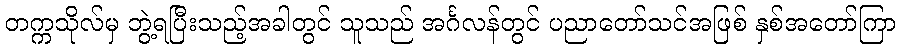
တက္ကသိုလ်မှ ဘွဲ့ရပြီးသည့်အခါတွင် သူသည် အင်္ဂလန်တွင် ပညာတော်သင်အဖြစ် နှစ်အတော်ကြာ